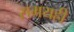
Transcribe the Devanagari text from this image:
समयही